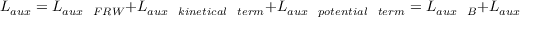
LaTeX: L _ { a u x } = L _ { a u x ~ ~ F R W } + L _ { a u x ~ ~ k i n e t i c a l ~ ~ t e r m } + L _ { a u x ~ ~ p o t e n t i a l ~ ~ t e r m } = L _ { a u x ~ ~ B } + L _ { a u x ~ ~ F , \bar { F } } ;